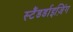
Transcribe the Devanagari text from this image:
स्टैंडर्डाइज़िंग